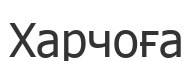
Харчоға